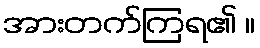
အားတက်ကြရ၏ ။